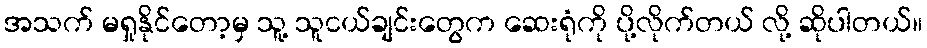
အသက် မရှုနိုင်တော့မှ သူ့ သူငယ်ချင်းတွေက ဆေးရုံကို ပို့လိုက်တယ် လို့ ဆိုပါတယ်။